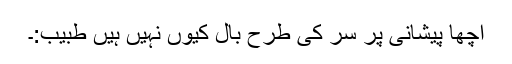
اچھا پیشانی پر سر کی طرح بال کیوں نہیں ہیں طبیب:۔